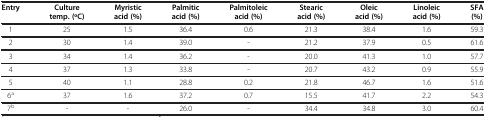
| Entry | Culture temp. (oC) | Myristic acid (%) | Palmitic acid (%) | Palmitoleic acid (%) | Stearic acid (%) | Oleic acid (%) | Linoleic acid (%) | SFA (%) |
 | --- | --- | --- | --- | --- | --- | --- | --- | --- |
 | 1 | 25 | 1.5 | 36.4 | 0.6 | 21.3 | 38.4 | 1.6 | 59.3 |
 | 2 | 30 | 1.4 | 39.0 | - | 21.2 | 37.9 | 0.5 | 61.6 |
 | 3 | 34 | 1.4 | 36.2 | - | 20.0 | 41.3 | 1.0 | 57.7 |
 | 4 | 37 | 1.3 | 33.8 | - | 20.7 | 43.2 | 0.9 | 55.9 |
 | 5 | 40 | 1.1 | 28.8 | 0.2 | 21.8 | 46.7 | 1.6 | 51.6 |
 | 6a | 37 | 1.6 | 37.2 | 0.7 | 15.5 | 41.7 | 2.2 | 54.3 |
 | 7b | - | - | 26.0 | - | 34.4 | 34.8 | 3.0 | 60.4 |